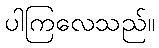
ပါကြလေသည်။